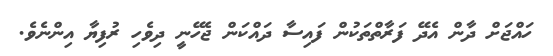
ހައްޖަށް ދާން އެދޭ ފަރާތްތަކުން ފައިސާ ދައްކަން ޖެހޭނީ ދިވެހި ރުފިޔާ އިންނެވެ.